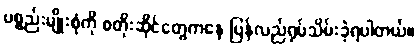
ပစ္စည်းမျိုးစုံကို စတိုးဆိုင်တွေကနေ ပြန်လည်ရုပ်သိမ်းခဲ့ရပါတယ်။